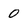
Character: 0